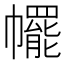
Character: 𢅩